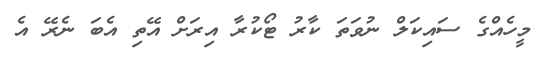
މީހެއްގެ ސައިކަލް ނުވަތަ ކާރު ޓޯކުރާ އިރަށް އޭތި އެބަ ނެރޭ އެ